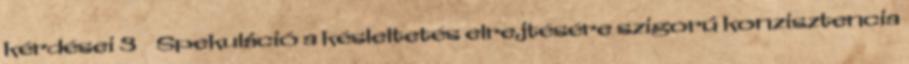
kérdései 3 ● Spekuláció a késleltetés elrejtésére szigorú konzisztencia